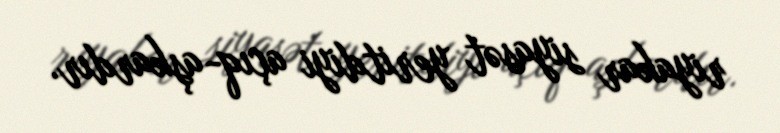
riyakar siyasət yeritdiyi açıq-aşkardır.